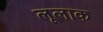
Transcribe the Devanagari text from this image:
लूलाक